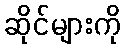
ဆိုင်များကို